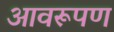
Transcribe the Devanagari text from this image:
आवरूपण